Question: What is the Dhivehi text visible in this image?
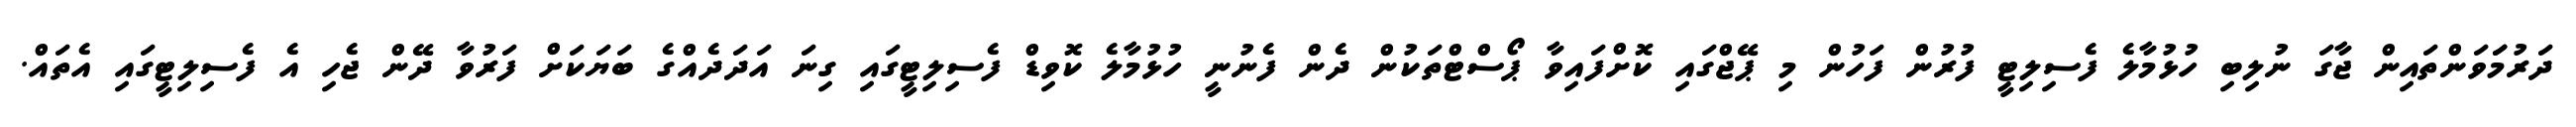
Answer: ދަރުމަަވަންތައިން ޖާގަ ނުލިބި ހުޅުމާލެ ފެސިލިޓީ ފުރުން ފަހުން މި ޕޭޖްގައި ކޮށްފައިވާ ޕޯސްޓްތަކުން ދެން ފެނުނީ ހުޅުމާލެ ކޮވިޑް ފެސިލިޓީގައި ގިނަ އަދަދެއްގެ ބަޔަކަށް ފަރުވާ ދޭން ޖެހި އެ ފެސިލިޓީގައި އެތައް.